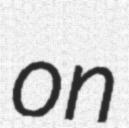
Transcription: on